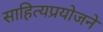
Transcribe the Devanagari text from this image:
साहित्यप्रयोजने